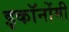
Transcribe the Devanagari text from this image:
इकॉनोंमी